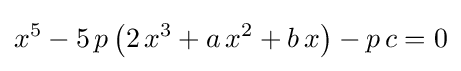
x^{5}-5\,p\left(2\,x^{3}+a\,x^{2}+b\,x\right)-p\,c=0